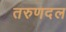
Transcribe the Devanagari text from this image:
तरुणदल